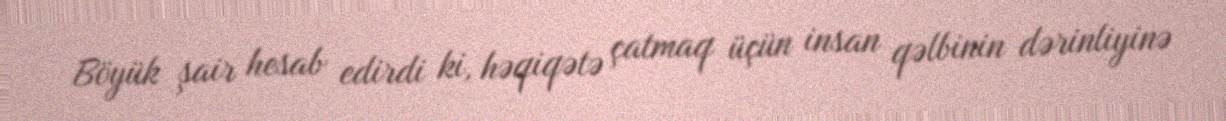
Böyük şair hesab edirdi ki, həqiqətə çatmaq üçün insan qəlbinin dərinliyinə